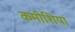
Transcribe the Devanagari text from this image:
कमीशिया